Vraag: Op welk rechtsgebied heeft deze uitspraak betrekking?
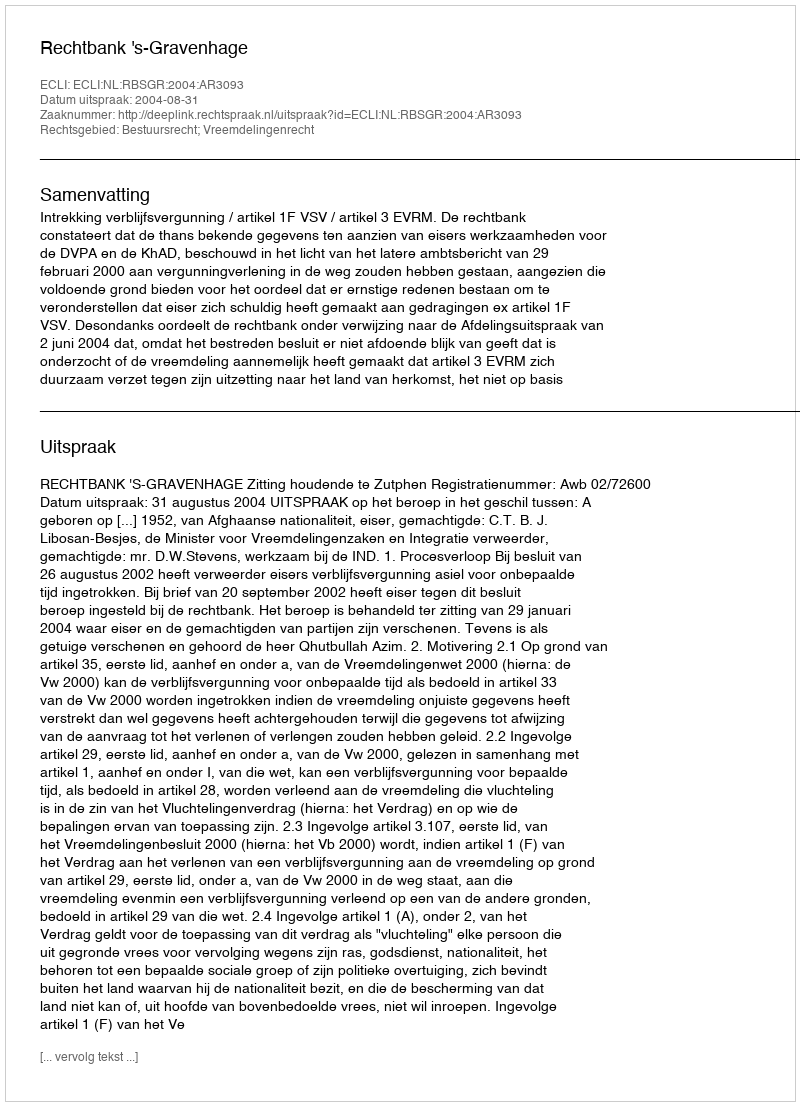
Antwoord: Bestuursrecht; Vreemdelingenrecht